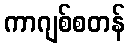
ကာဂျစ်စတန်